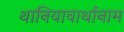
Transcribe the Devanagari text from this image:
थानियावार्थानाम